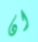
ان